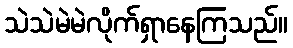
သဲသဲမဲမဲလိုက်ရှာနေကြသည်။